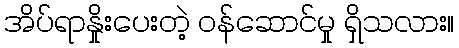
အိပ်ရာနှိုးပေးတဲ့ ဝန်ဆောင်မှု ရှိသလား။